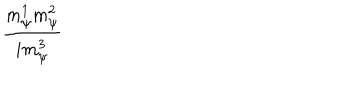
\frac { m _ { \psi } ^ { 1 } m _ { \psi } ^ { 2 } } { i m _ { \psi } ^ { 3 } }